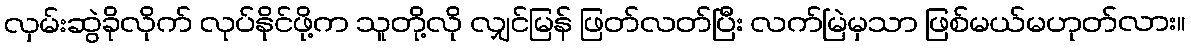
လှမ်းဆွဲခိုလိုက် လုပ်နိုင်ဖို့က သူတို့လို လျှင်မြန် ဖြတ်လတ်ပြီး လက်မြဲမှသာ ဖြစ်မယ်မဟုတ်လား။